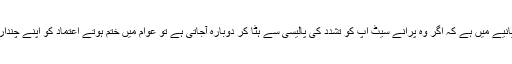
ایم کیو ایم پاکستان کے نزدیک ا±س کی بقا،ا±س کے بیانیے میں ہے کہ اگر وہ پرانے سیٹ اپ کو تشدد کی پالیسی سے ہٹا کر دوبارہ آجاتی ہے تو عوام میں ختم ہوتے اعتماد کو اپنے چنداراکین اسمبلی کی مدد سے بھی دوبارہ بحال کرسکتی ہے۔